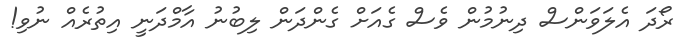
ރޯދަ އެލަވަންސް ދިނުމުން ވެސް ގެއަށް ގެންދަން ލިބުނު އާމްދަނީ އިތުރެއް ނުވި!